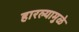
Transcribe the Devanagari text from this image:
हारल्यामुळे